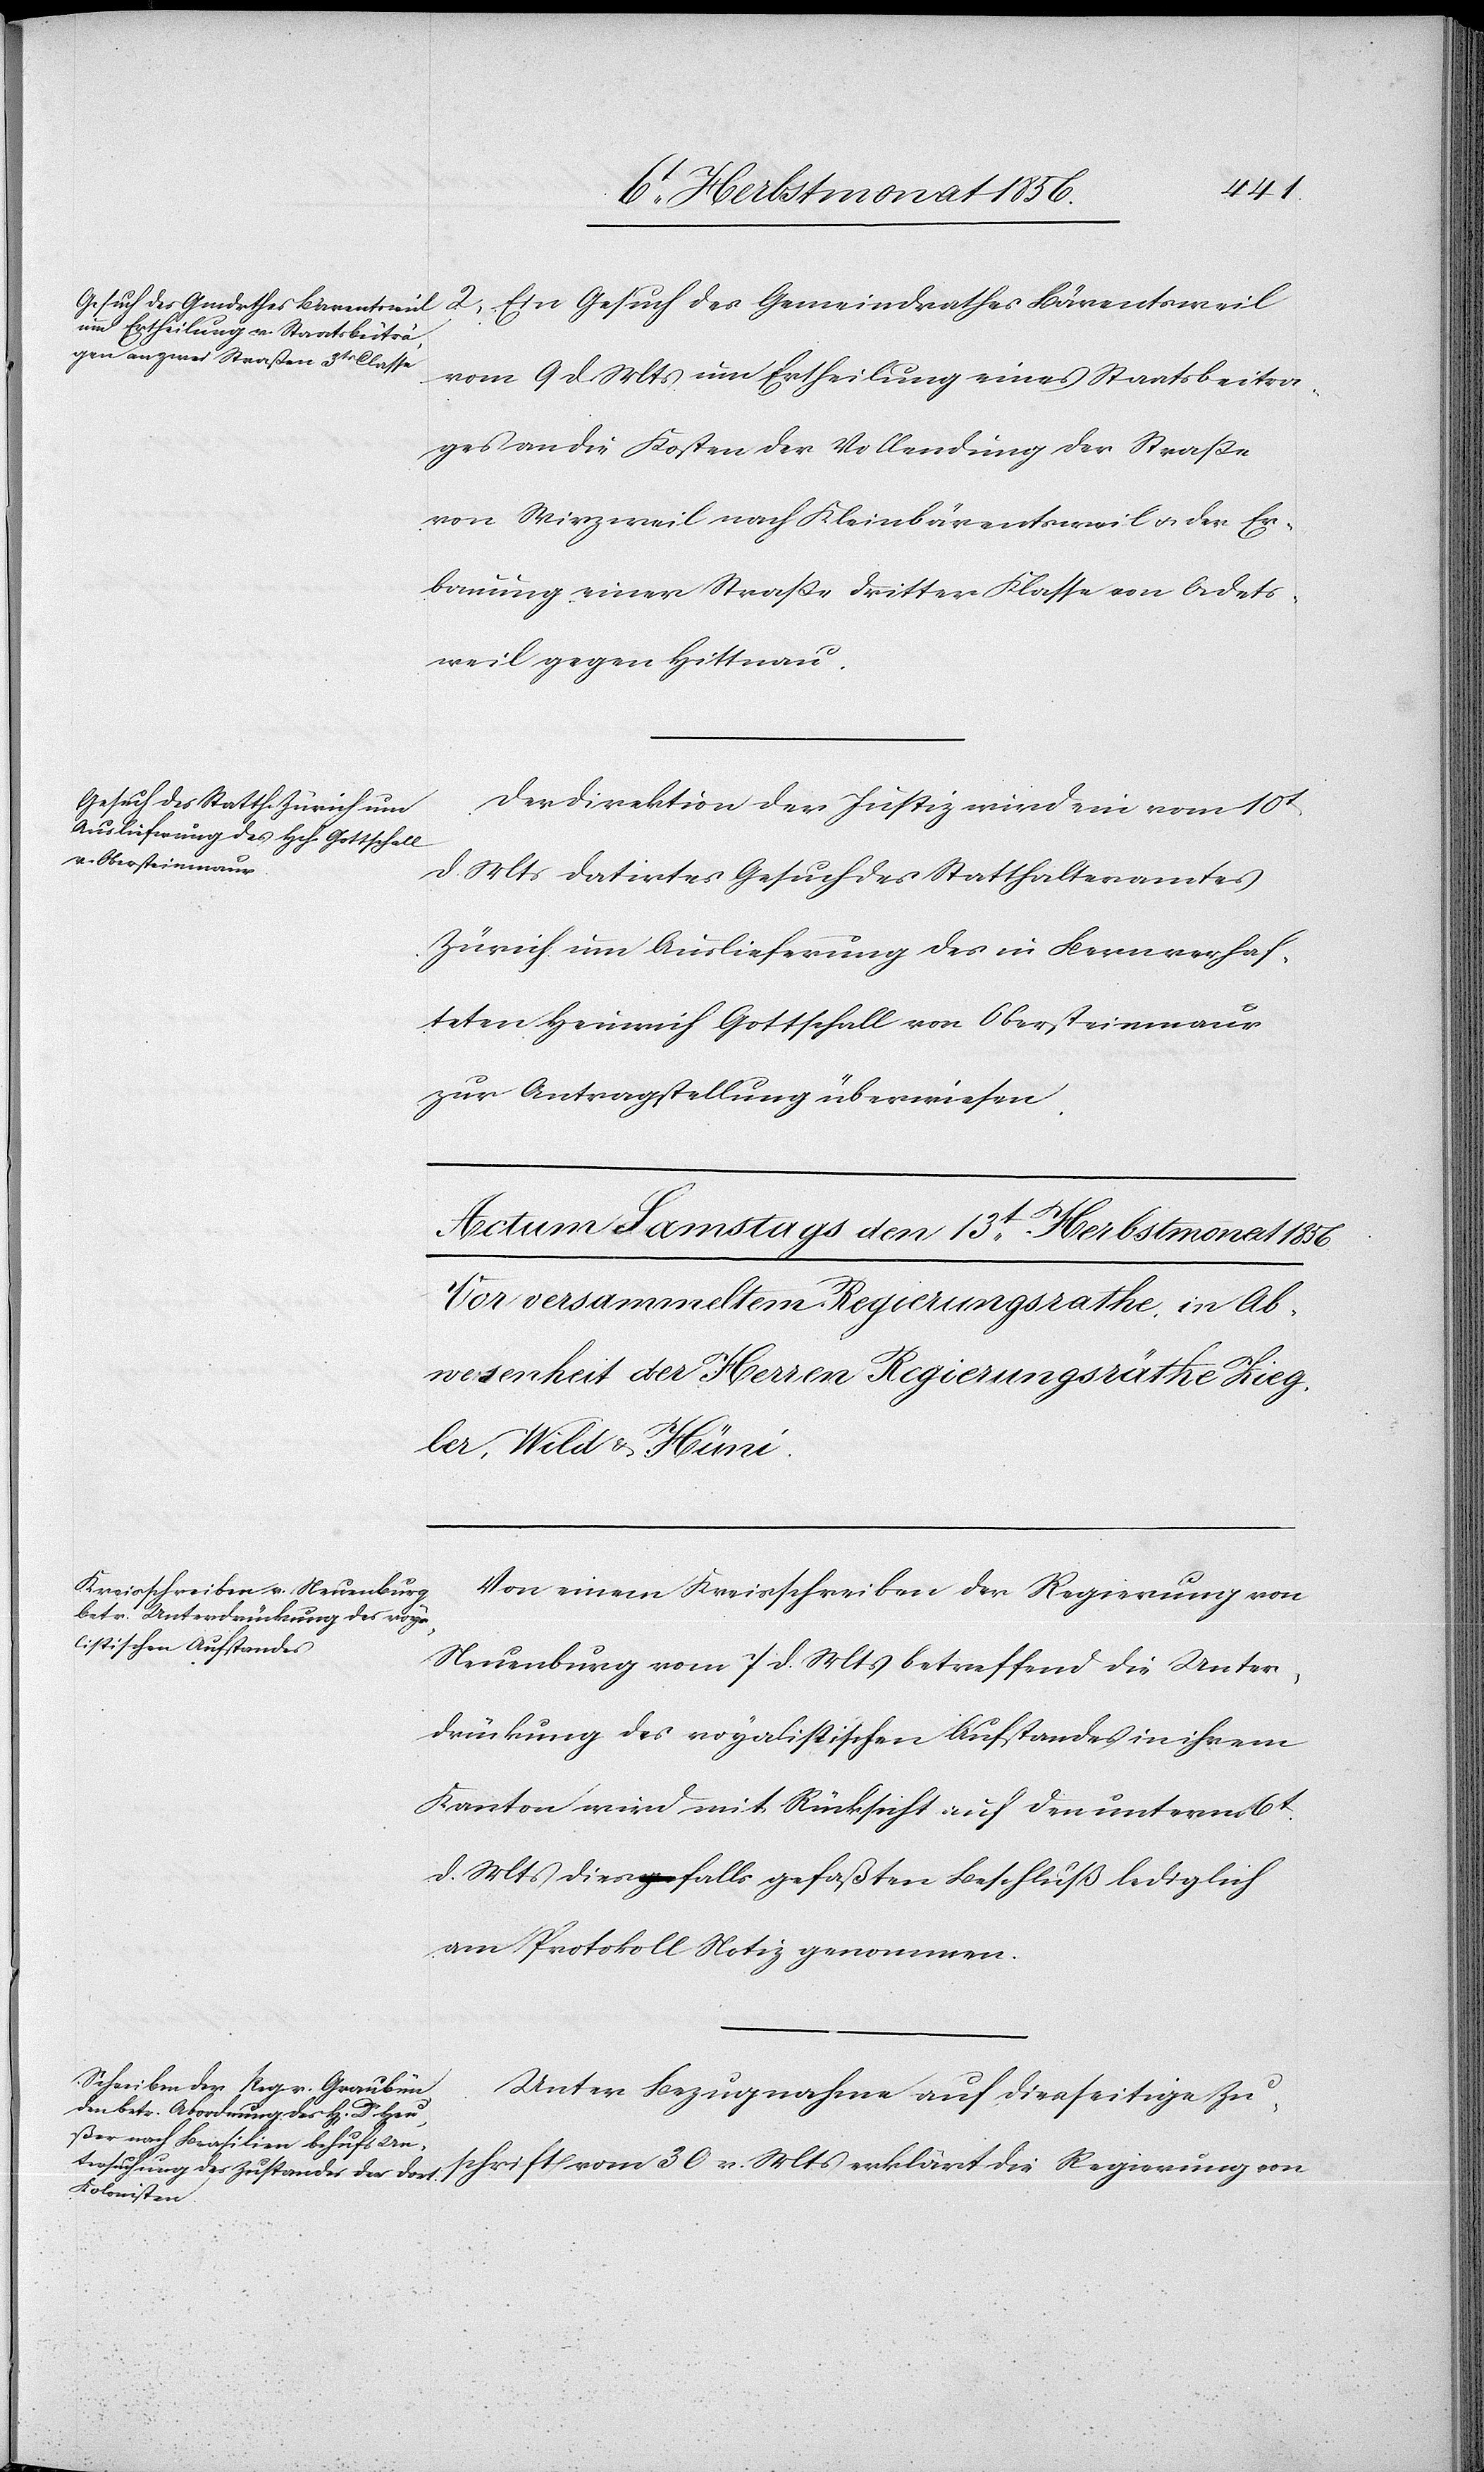
chrift
11t Herbstmonat 1856.]
Ein Gesuch des Gemeindrathes Bärentsweil
vom 9 d. Mts um Ertheilung eines Staatsbeitra¬
ges an die Kosten der Vollendung der Strasse
von Wirzweil nach Kleinbärentsweil u. der Er¬
bauung einer Strasse dritter Klasse von Adets¬
weil gegen Hittnau.
Der Direktion der Justiz wird ein vom 10t
d. Mts datirtes Gesuch des Statthalteramtes
Zürich um Auslieferung des in Bern verhaf¬
teten Heinrich Gottschall von Obersteinmaur
zur Antragstellung überwiesen.
Von einem Kreisschreiben der Regierung von
Neuenburg vom 7 d. Mts betreffend die Unter¬
drückung des royalistischen Aufstandes in ihrem
Kanton wird mit Rücksicht auf den unterm 6t
d. Mts diesfalls gefaßten Beschluß lediglich
am Protokoll Notiz genommen.
Unter Bezugnahme auf diesseitige Zus¬